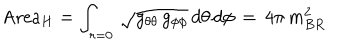
\mathrm { A r e a } _ { H } = \int _ { r = 0 } \, \sqrt { g _ { \theta \theta } \, g _ { \phi \phi } } \, d \theta \, d \phi \, = \, 4 \pi \, m _ { B R } ^ { 2 }